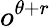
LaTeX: o^{\theta+r}